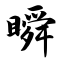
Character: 瞬